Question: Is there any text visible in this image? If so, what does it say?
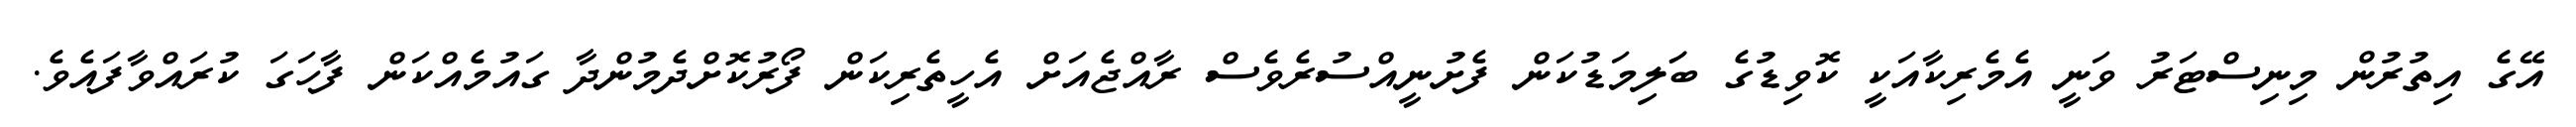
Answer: އޭގެ އިތުރުން މިނިސްޓަރު ވަނީ އެމެރިކާއަކީ ކޮވިޑުގެ ބަަލިމަޑުކަން ފެށުނީއްސުރެވެސް ރާއްޖެއަށް އެހީތެރިކަން ފޯރުކޮށްދެމުންދާ ގައުމެއްކަން ފާހަގަ ކުރައްވާފައެވެ.